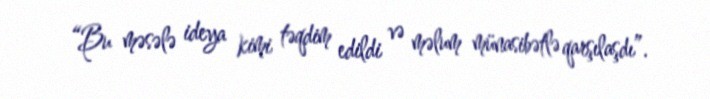
“Bu məsələ ideya kimi təqdim edildi və məlum münasibətlə qarşılaşdı”.